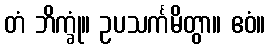
တံ ဘိက္ခုံ။ ဥပသင်္ကမိတွာ။ ဧဝံ။